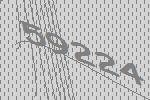
59224